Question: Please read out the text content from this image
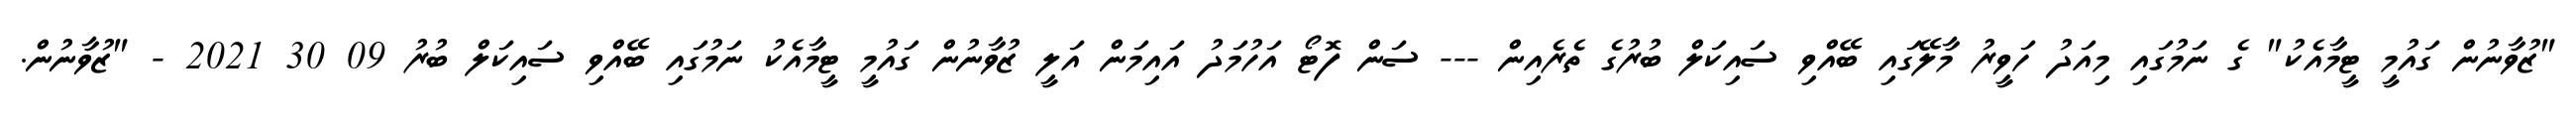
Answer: "ޒުވާނުން ގައުމީ ޓީމާއެކު" ގެ ނަމުގައި މިއަދު ހަވީރު މާލޭގައި ބޭއްވި ސައިކަލް ބުރުގެ ތެރެއިން --- ސަން ފޮޓޯ އަހުމަދު އައިމަން އަލީ ޒުވާނުން ގައުމީ ޓީމާއެކު ނަމުގައި ބޭއްވި ސައިކަލް ބުރު 09 30 2021 - "ޒުވާނުން.